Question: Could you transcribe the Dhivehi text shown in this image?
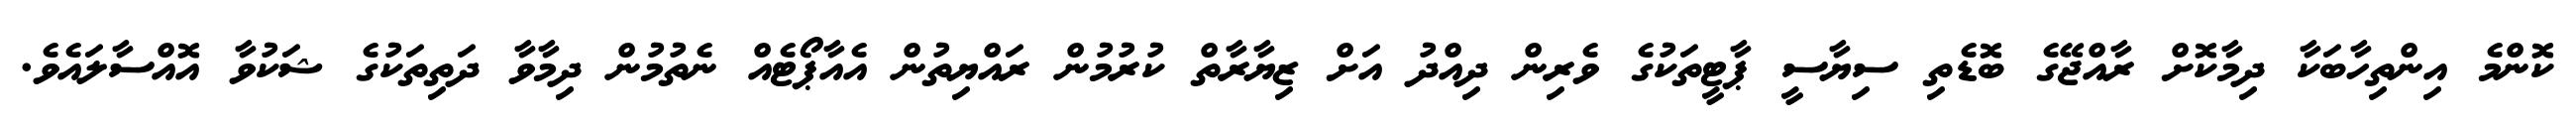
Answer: ކޮންމެ އިންތިހާބަކާ ދިމާކޮށް ރާއްޖޭގެ ބޮޑެތި ސިޔާސީ ޕާޓީތަކުގެ ވެރިން ދިއްދު އަށް ޒިޔާރާތް ކުރުމުން ރައްޔިތުން އެއާޕޯޓެއް ނެތުމުން ދިމާވާ ދަތިތަކުގެ ޝަކުވާ އޮއްސާލައެވެ.